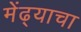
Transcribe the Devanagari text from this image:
मेंढ्याचा